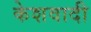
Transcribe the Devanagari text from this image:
केशवादी